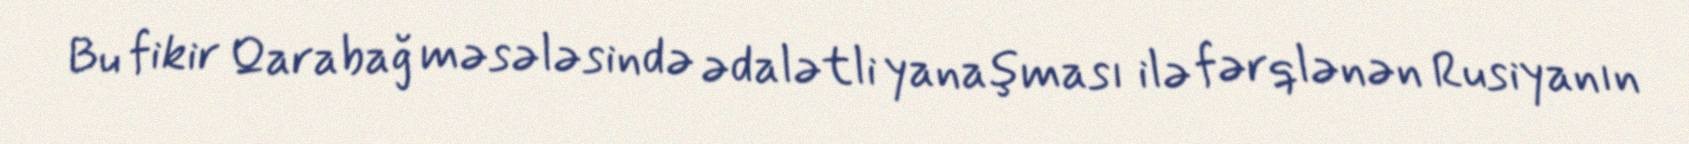
Bu fikir Qarabağ məsələsində ədalətli yanaşması ilə fərqlənən Rusiyanın